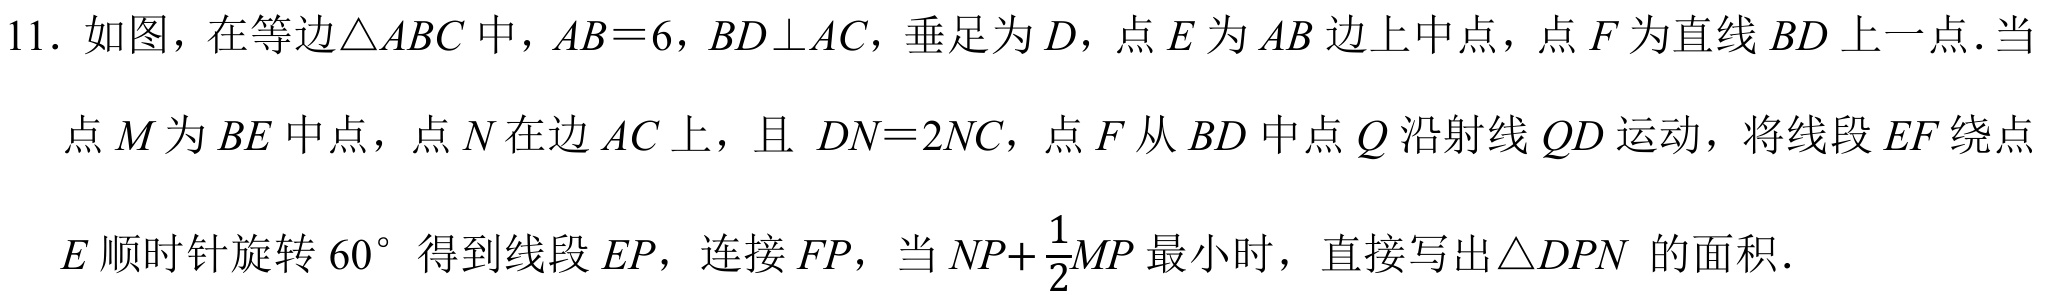
11. 如图，在等边\(\triangle ABC\)中，\(AB = 6\)，\(BD\perp AC\)，垂足为\(D\)，点\(E\)为\(AB\)边上中点，点\(F\)为直线\(BD\)上一点．当
点\(M\)为\(BE\)中点，点\(N\)在边\(AC\)上，且 \(DN = 2NC\)，点\(F\)从\(BD\)中点\(Q\)沿射线\(QD\)运动，将线段\(EF\)绕点
\(E\)顺时针旋转\(60^{\circ}\)得到线段\(EP\)，连接\(FP\)，当\(NP+\frac{1}{2}MP\)最小时，直接写出\(\triangle DPN\) 的面积．